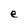
Character: e